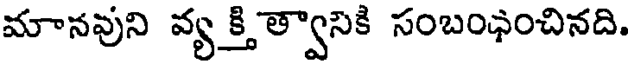
మానవుని వ్య క్తిత్వానికి సంబంఛంచినది.